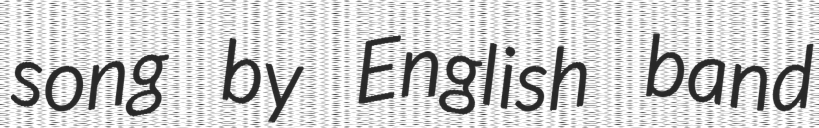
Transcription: song by English band